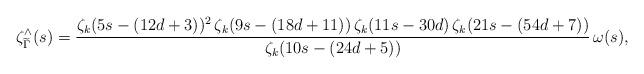
LaTeX: \begin{align*} \zeta^{\wedge}_{\widetilde{\Gamma}}(s) = \frac{\zeta_k(5s-(12d+3))^2 \, \zeta_k(9s-(18d+11)) \, \zeta_k(11s-30d) \, \zeta_k(21s-(54d+7))}{\zeta_k(10s-(24d+5))} \, \omega(s), \end{align*}